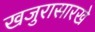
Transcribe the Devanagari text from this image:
खजुरासारखे